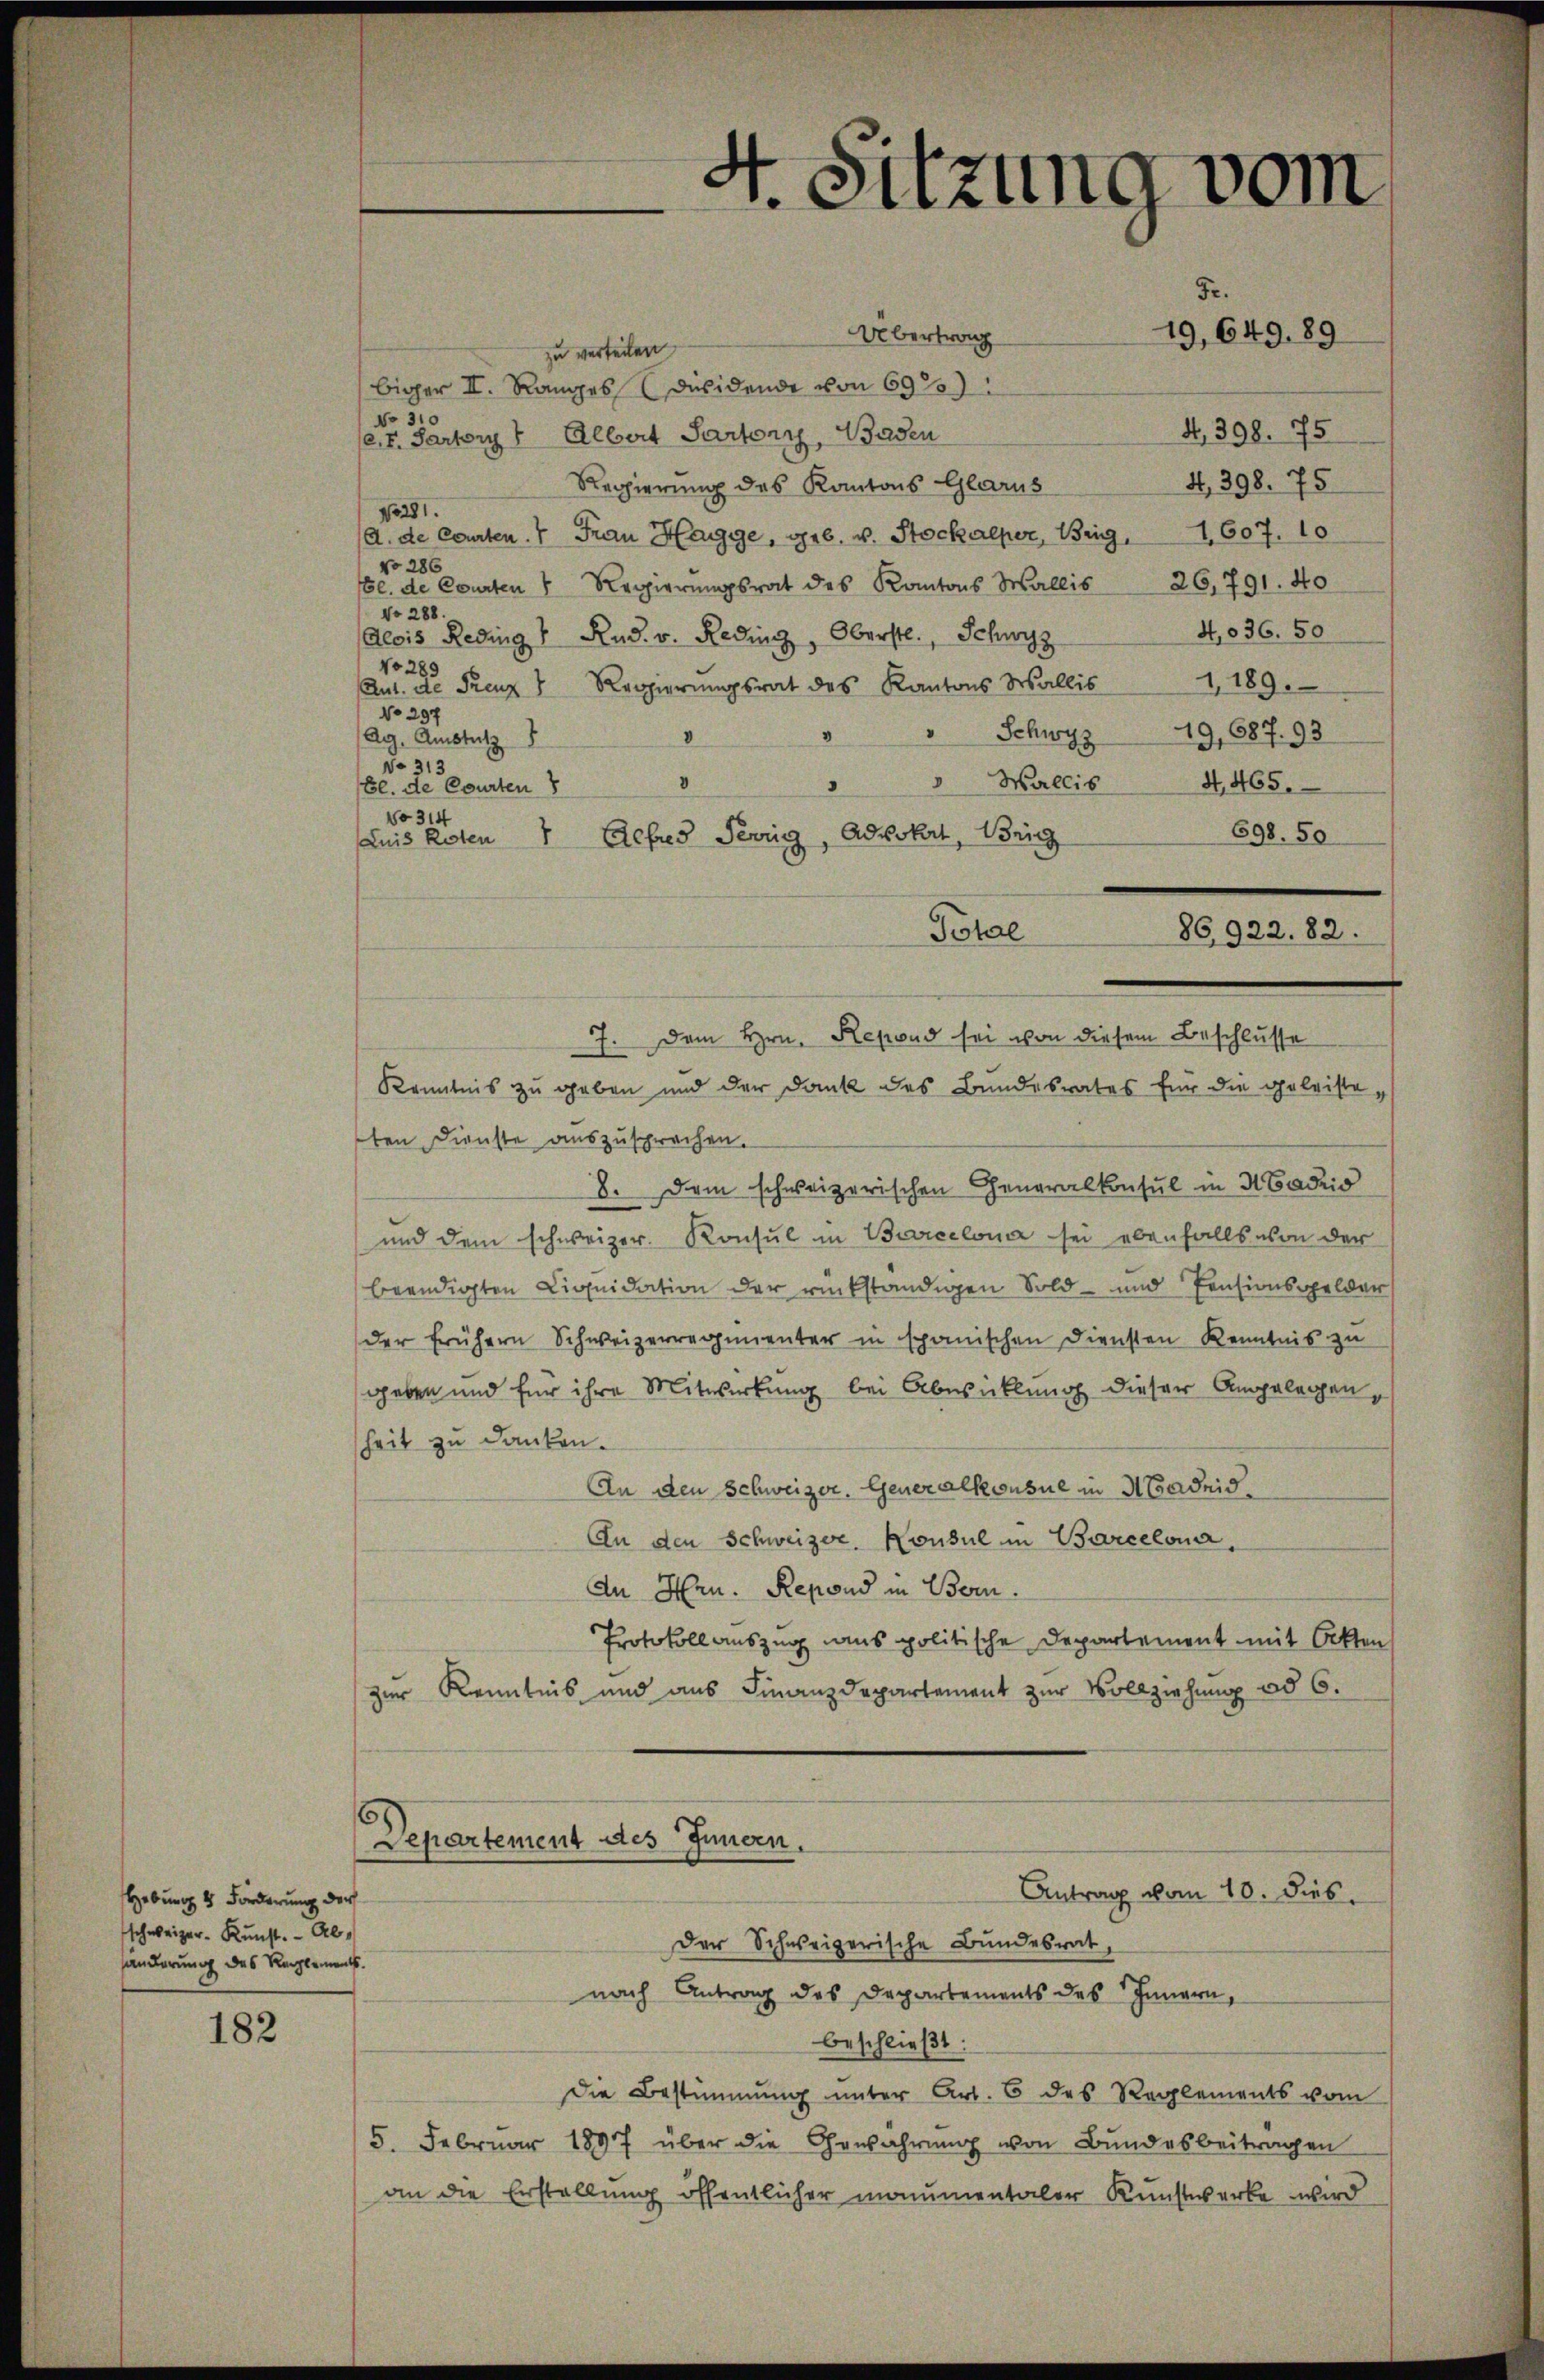
182

zu verteilen
No 310
et. Parten 4 Albert Partoni, Baden
Regierung des Kantons Glarus
1/0281.
A. de Courten.  Frau Hagge, geb. v. Stockalper, Beig, 1607. 10
No 286
l. de Courten " Regierŭngsrat des Kantons Wallis 26, 791. 40
No 288.
4,036. 50
Alois Redings Rud. v. Reding, Oberstl., Schwyz
No 289
Ant. de Frenz Regierŭngsrat des Kantons Wallis 1 189.
No 297
Schwyz 19, 587. 93
2
(Ag. Amstutz
No 313
" Wallis 4465.
Gl. die Courten 8
No 314
698. 50
uis Roten " Alfres Terrig, Advokat, Brig
Potae
7. Dem Hrn. Repond sei von diesem Beschlusse
Kenntnis zu geben und der Dank des Bundesrates für die geleisteten Dienste auszusprechen.
8. Dem schweizerischen Generalkonsul in Madrid
und dem schweizer. Konsul in Barcelona sei ebenfalls von der
beendigten Liquidation der rückständigen Sold- und Pensionsgelder
der frühern Schweizerregimenter in spanischen Diensten Kenntnis zu
geben und für ihre Mitwirkung bei Abwicklung dieser Angelegen,
heit zu danken.
An den Schweizer. Generalkonsul in Norweid
An den Schweizer, Konsul in Barcelona,
An Hrn. Repond in Bern.
Protokoll auszug aus politische Departement mit Otten
zur Kenntnis und aus Finanzdepartement zur Vollziehung ad 6.
Departement des Innern.
Antrag vom 10. dies
Der Schweizerische Bundesrat,
nach Antrag des Departements des Innern,
beschließt:
Die Bestimmung unter Art. 6 des Reglements vom
5. Februar 1897 über die Gewahrŭng von Bŭndesbeitragen
an die Erstellung öffentlicher monumentaler Kunstwerke wird

Hebung 2 Forderung der
schweizer. Kunst. Abhänderung des Reglements

A
s
u
Sitzung vom
Fr.
Übertrag
19,649. 89
biger II. Ranges desidende von 69

4. 398. 75

4. 398. 75

86922. 82.